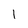
Character: 1